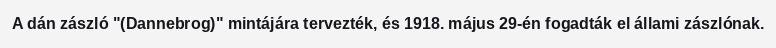
A dán zászló "(Dannebrog)" mintájára tervezték, és 1918. május 29-én fogadták el állami zászlónak.